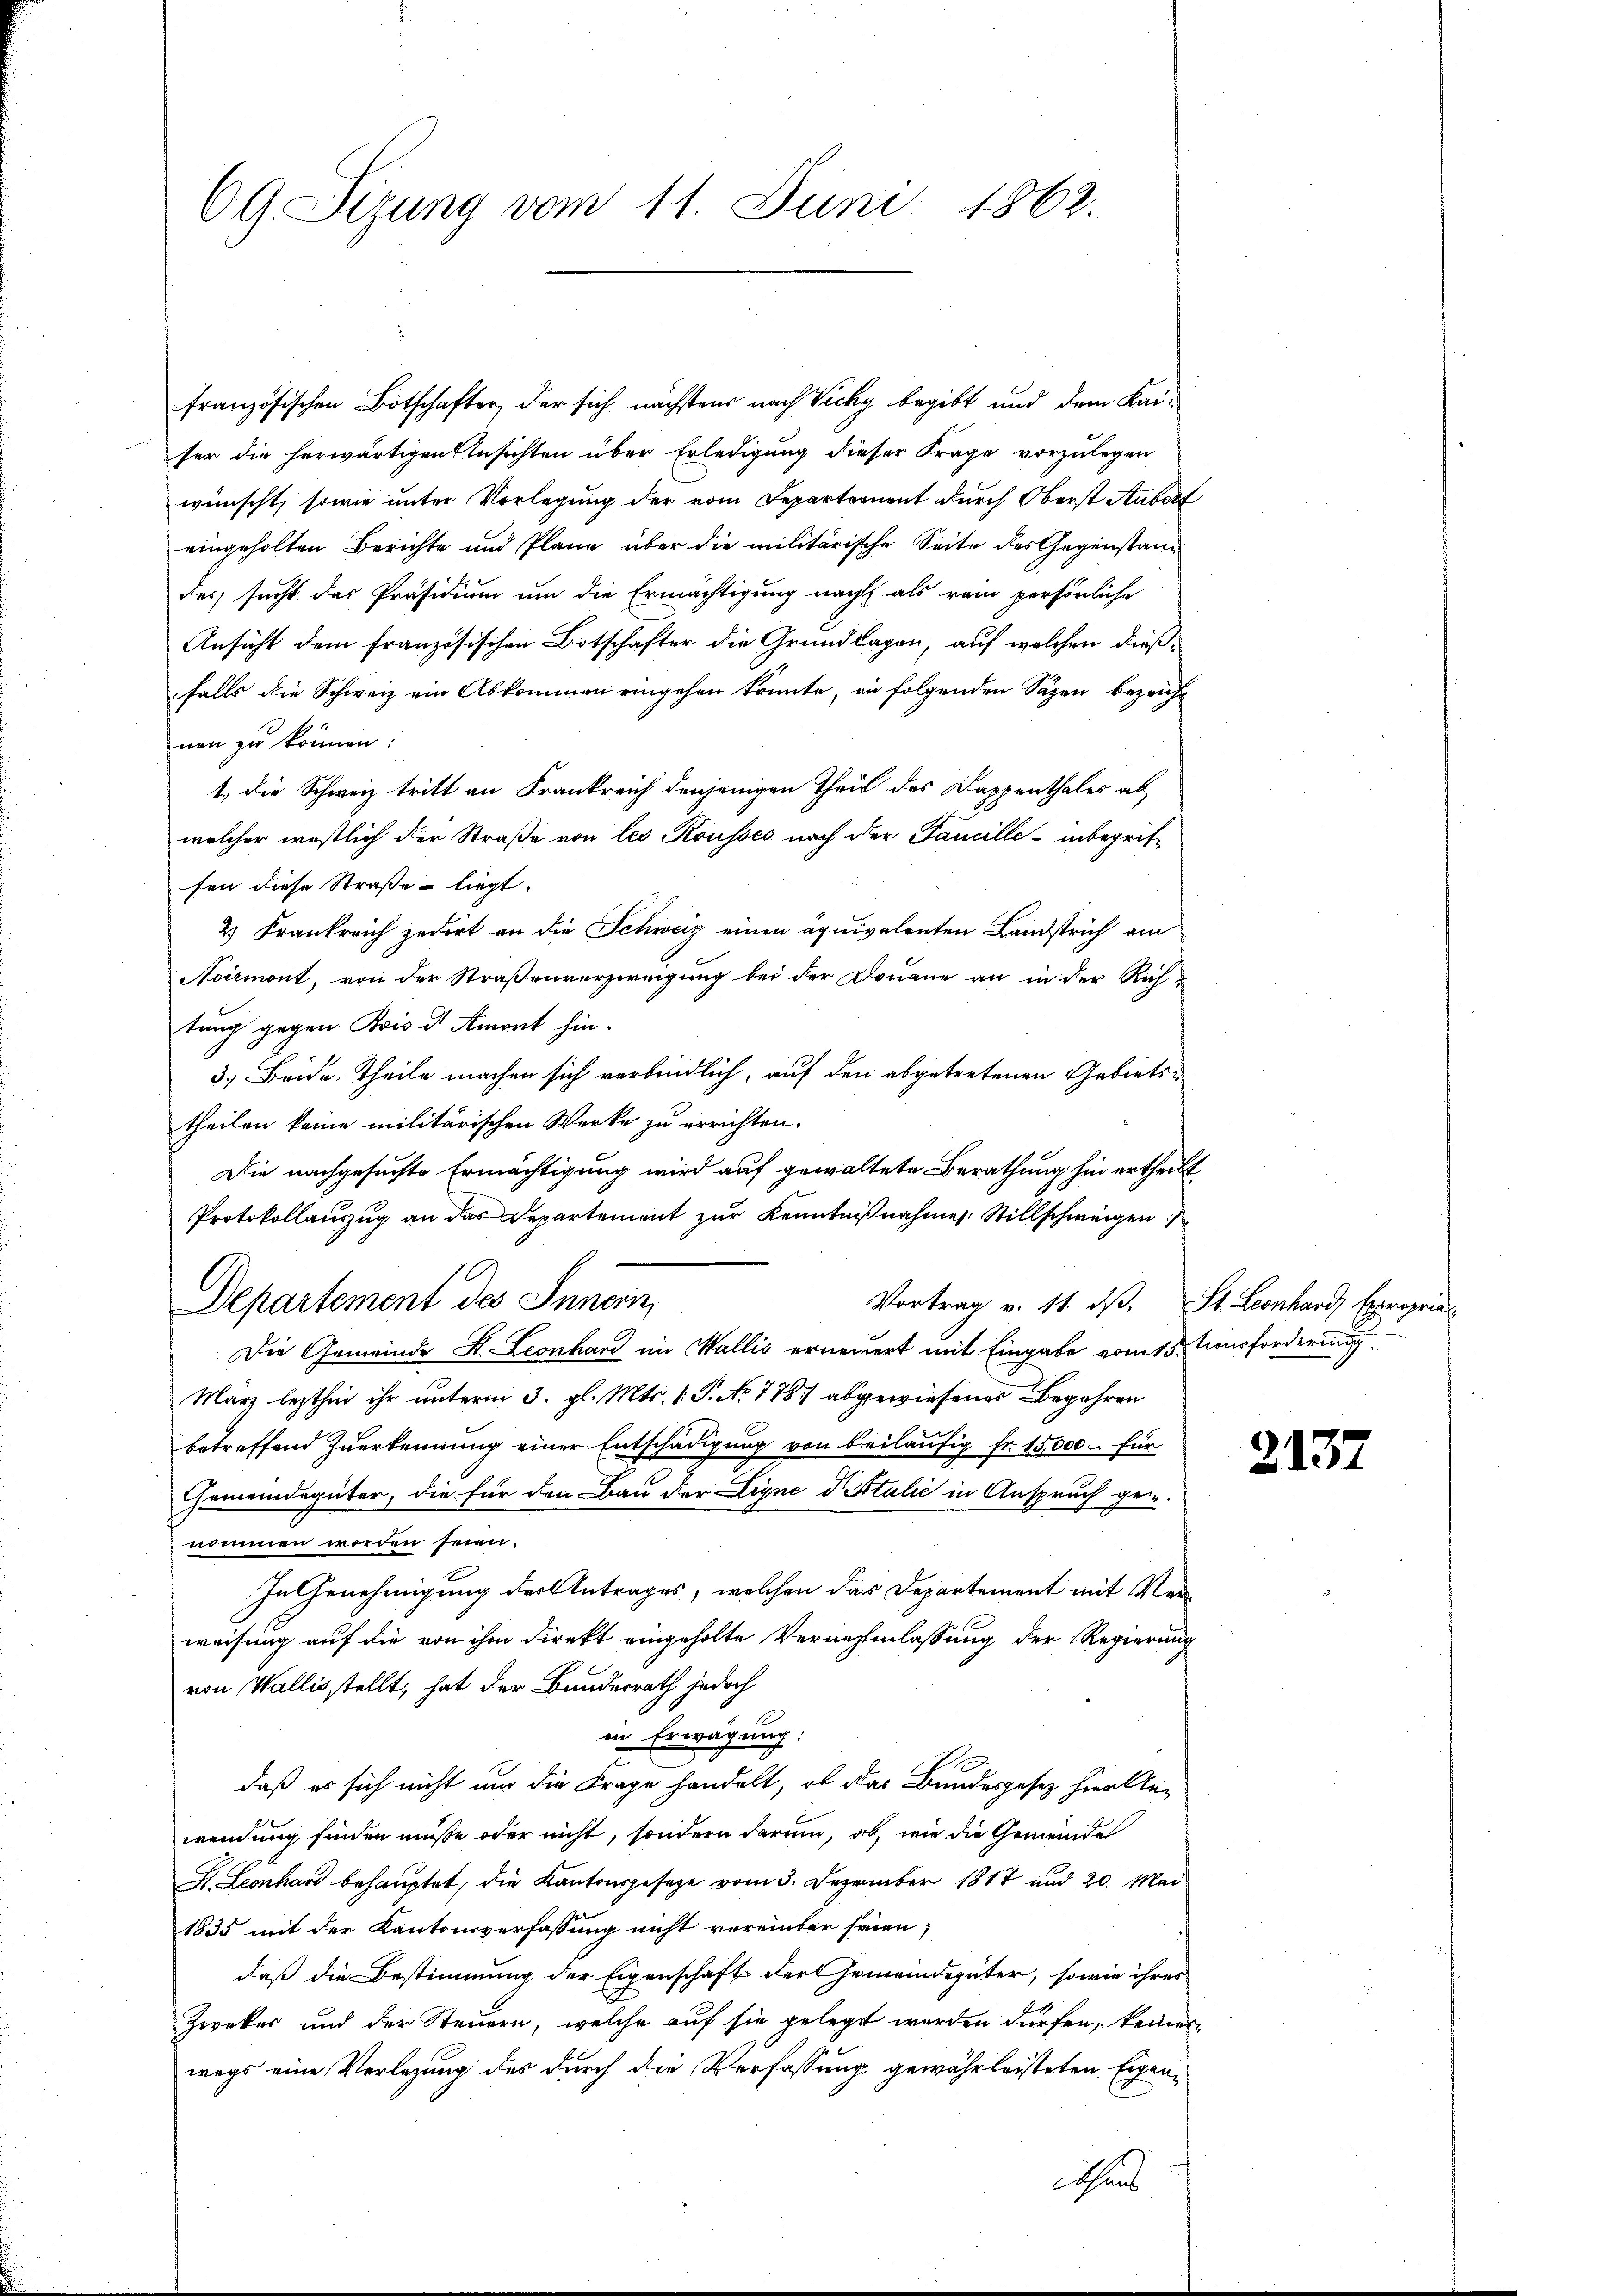
69. Sizung vom 11. Juni 1862.

französischen Botschafter, der sich nächstens nach Vicky begibt und dem Kaifer die herwärtigen Ansichten über Erledigung dieser Frage vorzulegen
wünscht, sowie unter Vorlegung der vom Departement durch Oberst Aubert
eingeholten Berichte und Pläne über die militärische Seite des Gegenstandes sucht das Präsidium um die Ermächtigung nach als rein persönliche
Ansicht dem französischen Botschafter die Grundlagen, auf welchen dießfalls die Schweiz ein Abkommen eingehen könnte, an folgenden Säzen bezeicht
nen zu können:
1., die Schweiz tritt an Frankreich denjenigen Theil des Dappenthales ab
welcher westlich der Straße von les Kousses nach der Faucille - inbegriffen diese Straße liegt.
2) Frankreich zedirt an die Schweiz einen äquivalenten Landstrich am
Noirmont, von der Straßenverzweigung bei der Donaue an in der Rich-
tung gegen. Bois der Amont hin¬
3.) Beide Theile machen sich verbindlich, auf den abgetretenen Gebiets-
theilen keine militärischen Werke zu errichten.
Die nachgesuchte Ermächtigung wird auf gewaltete Berathung hin ertheilt
Protokollauszug an das Departement zur Kenntnißnahmes Stillschweigen
Departement des Innern,
Vortrag v. 11. ds. St. Leonhard Expropriat
Die Gemeinde St. Leonhard im Wallis erneuert mit Eingabe vom 15. Tourforderung
März lezthin ihr unterm 3. gl. Mts. 1. P. No. 778./ abgewiesenes Begehren
betreffend Zuerkennung einer Entschädigung von beiläufig fr. 15,000. für
Gemeindegüter, die für den Bau der Ligne d Italić in Anspruch geinommen worden seien.
In Genehmigung der Antrages, welchen das Departement mit Verweisung auf die von ihm direkt eingeholte Vernehmlassung der Regierung
von Wallis stellt, hat der Bundesrath jedoch
in Erwägung:
daß es sich nicht und die Frage handelt, ob das Bundesgesetz hier Anwendung finden müße oder nicht, sondern darum, ab, wie die Gemeinde
H. Leonhard behauptet, die Kantonsgesetze vom 3. Dezember 1817 und 20. Mai
1835 mit der Kantonsverfassung nicht vereinter seien;
daß die Bestimmung der Eigenschaft der Gemeindegüter, sowie ihres
Zweker und der Steuern, welche auf sie gelegt werden dürfen, keiner
wegs eine Verlegung des durch die Verfassung gewährleisteten Eigenhaus

2137